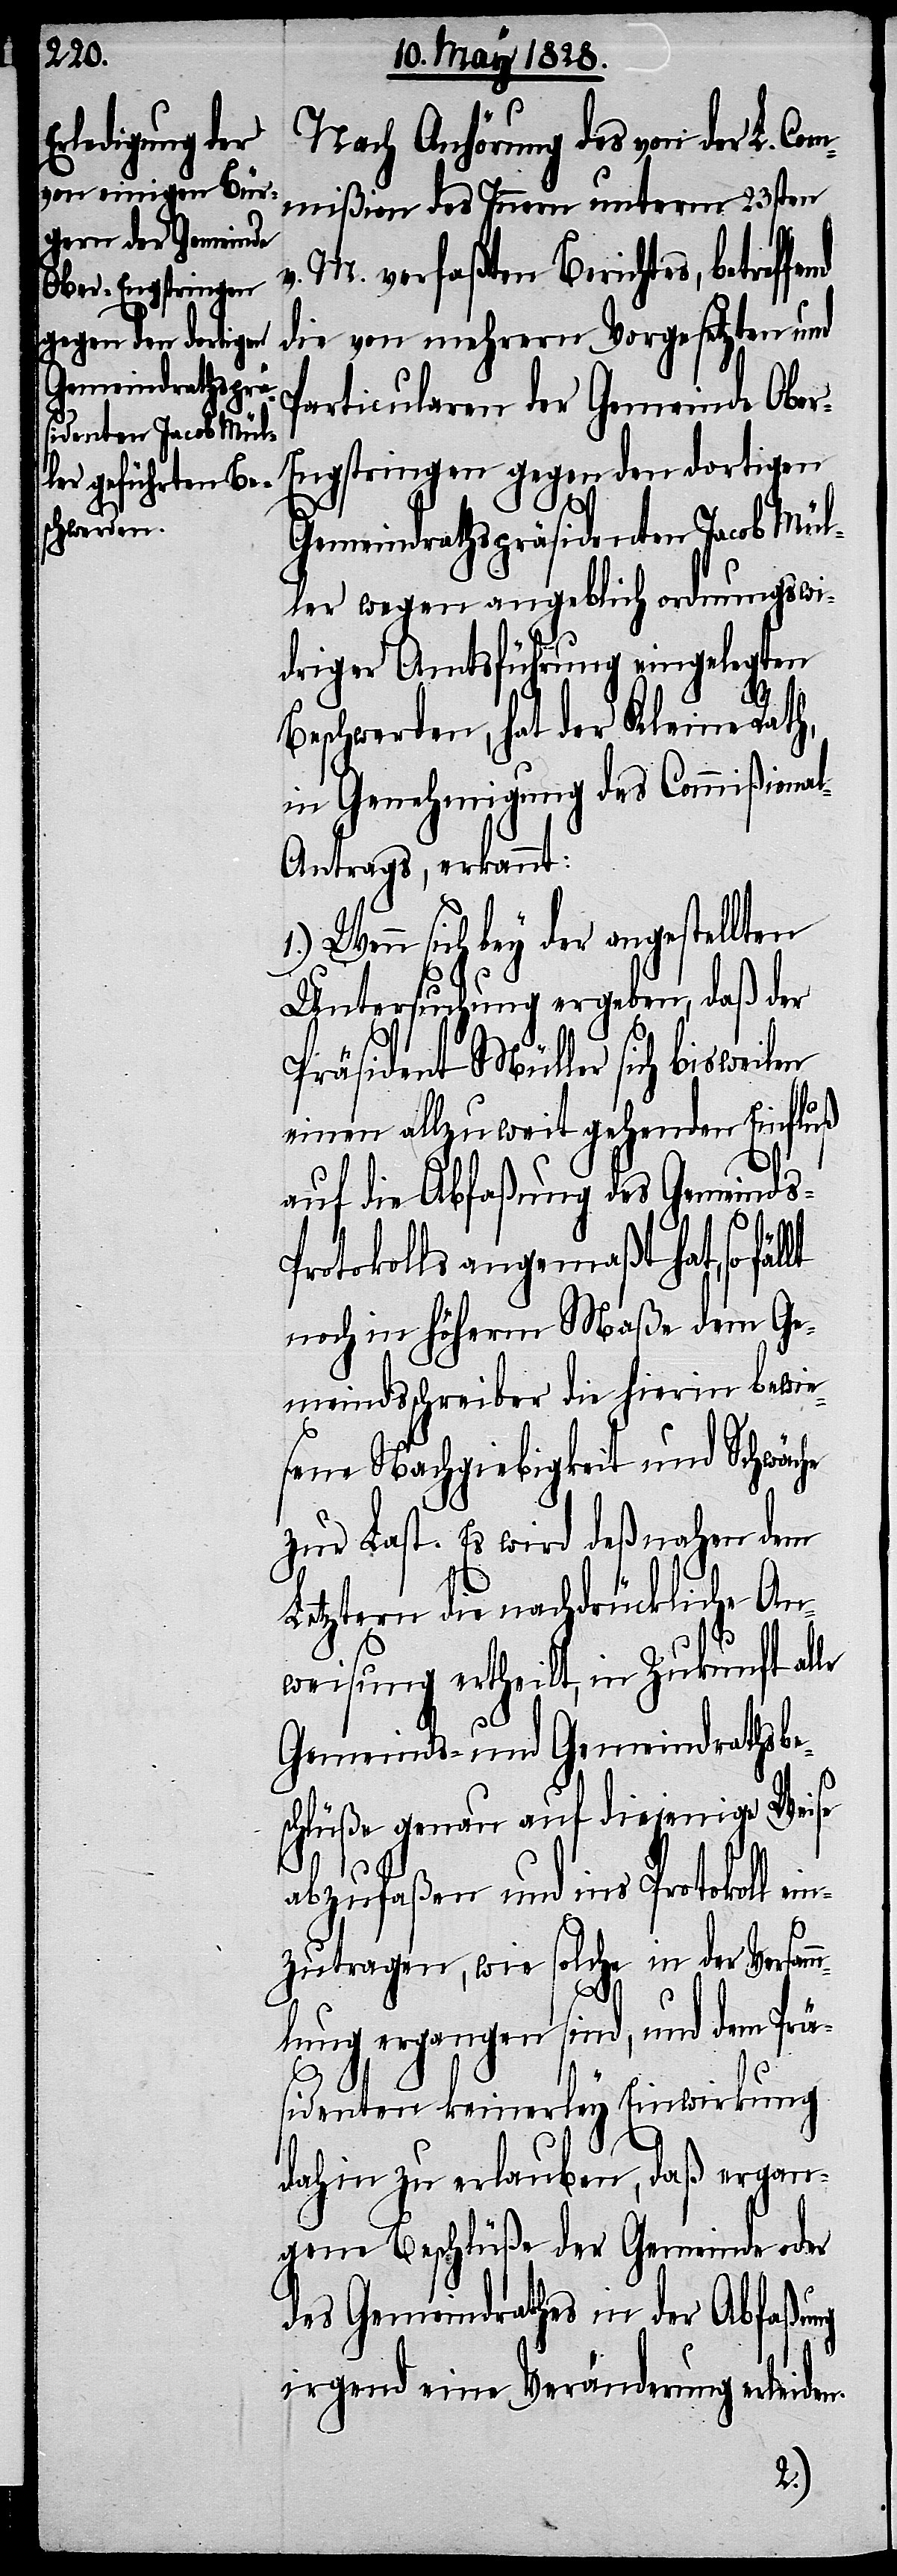
Nach Anhörung des von der L. Co¬
mmißion des Innern unterm 23sten
v. M. verfaßten Berichtes, betref¬
die von mehrern Vorgesetzten und
Particularen der Gemeinde Obe¬
r-Engstringen gegen den dortigen
Gemeindrathspräsidenten Jacob Mül¬
ler wegen angeblich ordnungswi¬
driger Amtsführung eingelegten
Beschwerden, hat der Kleine Rath,
in Genehmigung des Commißiona¬
l-Antrags, erkannt:
Wenn sich bey der angestellten
Untersuchung ergeben, daß der
Präsident Müller sich bisweilen
einen allzu weit gehenden Einfluß
auf die Abfaßung des Gemeinds-P¬
rotokolls angemaßt hat, so
noch in höherm Maßen dem Ge¬
meindsschreiber die hierin bewie¬
sene Nachgiebigkeit und Schwäche
zur Last. Es wird deßnahen dem
Letztern die nachdrückliche An¬
weisung ertheilt, in Zukunft al¬
Gemeinds- und Gemeindrathsbe¬
schlüße genau auf diejenige Weise
le
abzufaßen und ins Protokoll ein¬
zutragen, wie solche in der Versam¬
mlung ergangen sind, und dem Prä¬
sidenten keinerley Einwirkung
dahin zu erlauben, daß ergan¬
gene Beschlüße der Gemeinde oder
des Gemeindraths in der Abfaßung
irgend eine Veränderung erleiden.